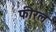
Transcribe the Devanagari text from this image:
फीरल